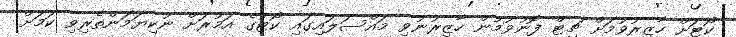
ކޯޓަށް ހާޒިރުވުމަށް ޗިޓް ފޮނުވުމުން ހާޒިރުނުވި މައްސަލައިގައި ކޯޓުގެ އަމުރަށް ނުކިޔަމަންތެރިވި ކަމަށް